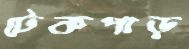
টেকপাড়